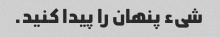
شیء پنهان را پیدا کنید.